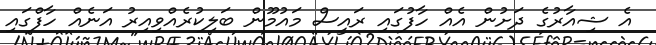
އެ ޝިއާރުގެ ދަށުން އެއް ހާފުގައި ރައީސް މައުމޫން ބަލިކުރެއްވިއިރު އަނެއް ހާފްގައި